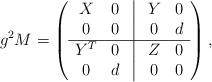
LaTeX: \begin{align*}g^2M=\left( \begin{array}{ccccc} X & 0 &\vline& Y & 0 \\ 0 & 0 &\vline& 0 & d \\ \hline Y^T & 0 &\vline& Z & 0 \\ 0 & d &\vline& 0 & 0 \end{array} \right),\end{align*}